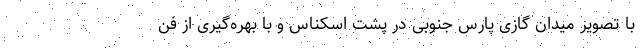
با تصویر میدان گازی پارس جنوبی در پشت اسکناس و با بهره‌گیری از فن